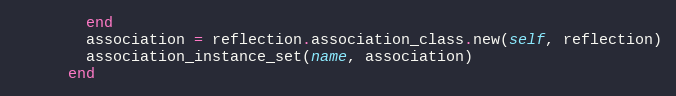
Language: Ruby
        end
        association = reflection.association_class.new(self, reflection)
        association_instance_set(name, association)
      end